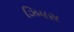
ઝિયસ